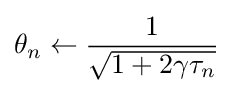
\theta _{n}\leftarrow {\frac {1}{\sqrt {1+2\gamma \tau _{n}}}}